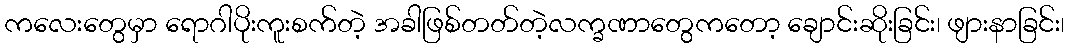
ကလေးတွေမှာ ရောဂါပိုးကူးစက်တဲ့ အခါဖြစ်တတ်တဲ့လက္ခဏာတွေကတော့ ချောင်းဆိုးခြင်း၊ ဖျားနာခြင်း၊